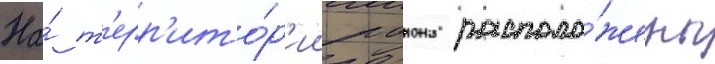
На́ т'ерр'ито́р'ии раиона располо́жены